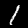
Digit: 1